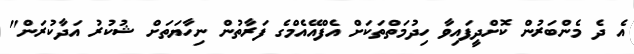
އެ ދެ މެންބަރުން ކޮށްދީފައިވާ ހިދުމަތްތަކަށް އެފްއޭއެމްގެ ފަރާތުން ނިހާޔަތަށް ޝުކުރު އަދާކުރަން"